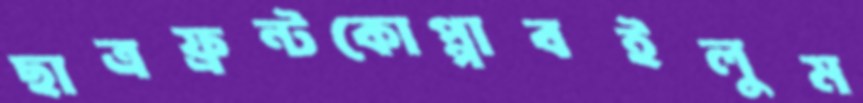
ছাত্রফ্রন্টকোপ্পাবইলুম